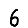
Digit: 6